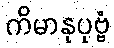
ကိမာနုပုဗ္ဗံ